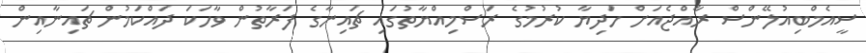
ސީއެމްބިއުލޭންސް ރާއްޖެއަށް ހަދިޔާ ކުރުމުގެ ރަސްމިއްޔާތުގައި ޗައިނާގެ ފަރާތުން ވާހަކަ ދައްކަމުން ޗަައިނާއިން